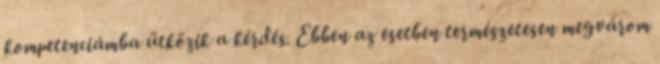
kompetenciámba ütközik a kérdés. Ebben az esetben természetesen megvárom